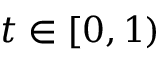
t \in [ 0 , 1 )